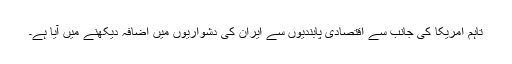
تاہم امریکا کی جانب سے اقتصادی پابندیوں سے ایران کی دشواریوں میں اضافہ دیکھنے میں آیا ہے۔